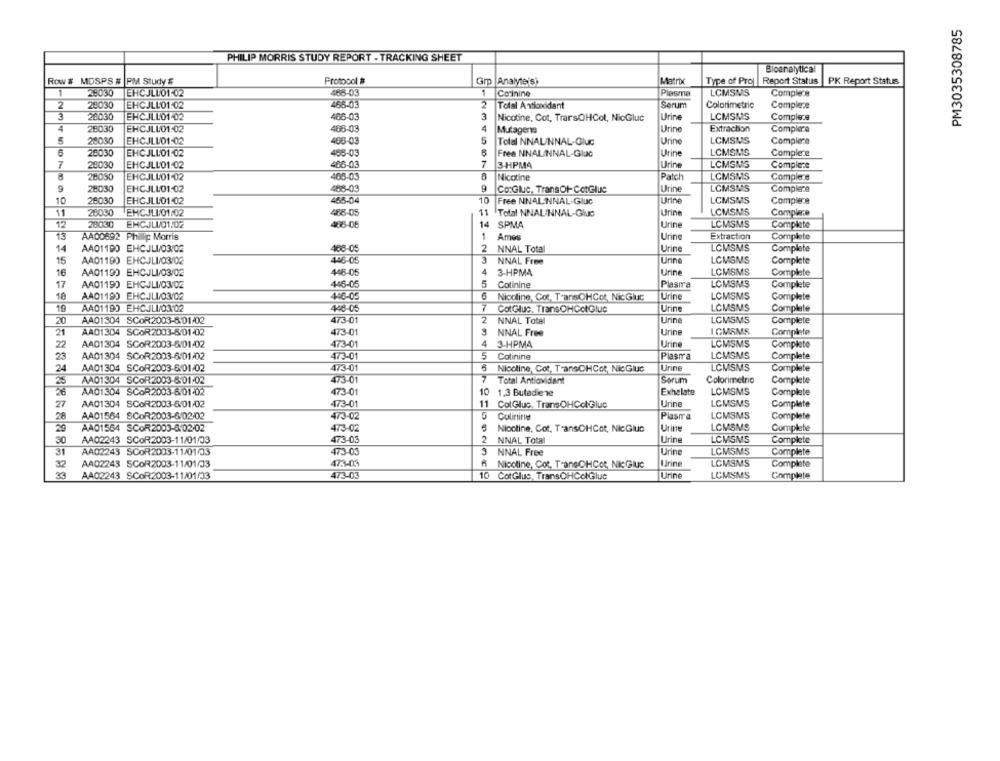
PM3035308785
PHILIP MORRIS STUDY REPORT - TRACKING SHEET
Bioanalytica
Row # MDSPS #
PM SIUdY'S
Protocol #
Gro Analyte(s)
Matrix
Type of Proj
Report Status
PK Report Status
1
28030
468-03
1
Corinine
Plasma
LCMSMS
EHCJLUO1 02
Complexe
2
28030
EHCJLLO1-02
466-03
2
Total Antioxidant
Serum
Colorimetric
Complece
3
20030
EHCJLL01-02
466-03
3
Nicotine, Cot, TrarsOHCol, NicGluc
Urine
LCMSMS
Comple.9
4
28030
EHCJLLO1:02
468-03
4
Mutagens
Urine
Extraction
Complace
5
29030
EHCJLLO1:02
466-03
5
Tolal NNAL/NNAL-Gluc
Urine
LCMSMS
Complece
6
28030
EHCJLLO1.02
455-03
Free NNALINNAL-GIUO
Urine
LCMSMS
Complexe
7
28030
EHCJLL01-02
466-03
7
3-HPM4
Urine
LCMSMS
Compleze
406-03
Patch
LCMSMS
28030
EHCJLUO1-02
Nicotine
Comple e
28030
EHCJLLO1:02
488-03
9
Co:Gluc, TransOf- CotGlue
Urine
LCMSMS
Completa
10
466-04
28030
EHCJLLO1:02
10
Free NNAL NNAL-GluC
Urine
LCMSMS
Comple.a
28030
EHCJLI/01/02
488-05
11
Total NNALINNAL-Gluc
Urine
LCMSMS
Complene
12
28030
EHCJLU/01.02
486-08
14 SPMA
Urine
LCMSMS
Complete
13
AA00892 Phillip Morris
1
Ames
Urine
Extraction
Complete
14
AA01190 EHCJLI/03/02
408-05
2
NNAL Total
Urine
LCMSMS
Complete
3
15
AA01190 EHCJLI/03/02
446-05
NNAL Free
Urine
LCMSMS
Complete
16
AA01190 EHCJLI/03/02
446-05
4
3.HPM4
Urine
LCMSMS
Complete
17
A401190 EHCJLU/03/02
446-05
Cotinine
Plasma
LOMSMS
Complete
18
AA01190 EHCJLI/03/02
446-05
6
Nicoline, Cot. TransOHCot, NicGluc
Urine
LCMSMS
Complete
19
A401199 EHCJLI/03:02
448-05
7
CotGluc. Trans OHCotGluc
Urine
LCMSMS
Complete
20
AA01304 SCOR2003-8:01/02
473-01
2
NNAL Total
Urine
LCMSMS
Complete
21
AA01304 SCOR2003-501-02
473-01
3
NNAL Free
Urine
ICMSMS
Complete
473-01
4
3-HPMA
Urine
LCMSMS
2
AA01304 SCOR2003-6/01/02
Complete
23
AA01304 SCOR2003-6/01/02
473-01
5
Cotinine
Plasma
LCMSMS
Complete
24
AA01304 SCOR2003-6/01/02
473-01
6
Nicoline, Cot, TransOHCot, NicGluc
Urine
LCMSMS
Complete
25
AA01304 SCOR2003-8:01-02
473-01
7
Total Antioxidant
Sorum
Colorimetric
Complete
26
A401304 SCOR2003-6:01-02
473-01
1,3 Butadiene
Exhelate
LCMSMS
Complete
27
A401304 SCOR2003-6/01/02
473-01
11
ColGluc. Trans OHCclGluc
Urine
LCMSMS
Complete
28
AA01564 SCOR2003-6/02/02
473-02
Colintires
Plasma
LCMSMS
Complete
AA01564 SCOR2003-6:02/02
LCMSMS
29
473-02
Nicotine, Cot, T'ansOHCot, NicGluc
Urine
Complete
30
AA02243 SCOR2003-11/01/03
473-03
2
NNAL Total
Urine
LCMSMS
Complete
31
AA02243 SCOR2003-11/01/03
473-03
3 NNAL Free
Urine
LCMSMS
Complete
32
AA02243 SCOR2003-11/01/03
47:3-03
Nicoline, Cot, TransOHCot, NicGGluc
Urine
LCMSMS
Complete
39
A402243 SCOR2003-11/01/03
473-03
10 CotGluc, TransCHColGluc
Urine
LCMSMS
Complete